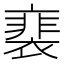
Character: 𧜏